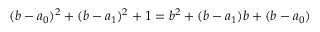
( b - a _ { 0 } ) ^ { 2 } + ( b - a _ { 1 } ) ^ { 2 } + 1 = b ^ { 2 } + ( b - a _ { 1 } ) b + ( b - a _ { 0 } )